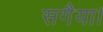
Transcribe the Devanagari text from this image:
सगैया।